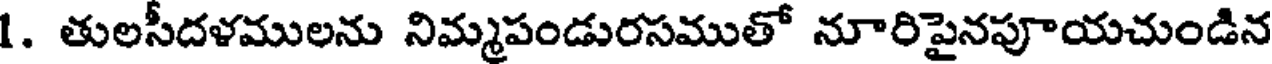
1. తులసీదళములను నిమ్మపండురసముతో నూరిపైనపూయచుండిన